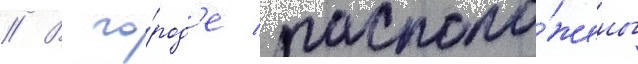
// В го́род'е располо́жены